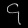
Digit: ၄